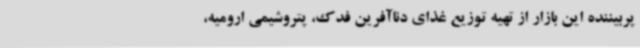
پربیننده این بازار از تهیه توزیع غذای دناآفرین فدک، پتروشیمی ارومیه،